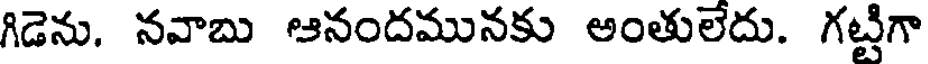
గిడెను. నవాబు ఆనందమునకు అంతులేదు. గట్టిగా